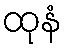
ထုနံ